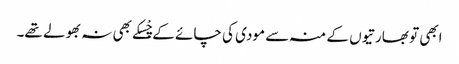
ابھی تو بھارتیوں کے منہ سے مودی کی چائے کے چْسکے بھی نہ بھولے تھے۔